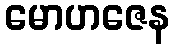
မောဟဇေန